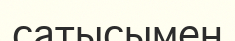
сатысымен